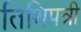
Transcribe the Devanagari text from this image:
तिथिपत्री